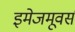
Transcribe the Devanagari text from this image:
इमेजमूवर्स